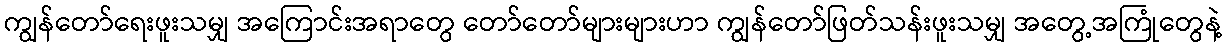
ကျွန်တော်ရေးဖူးသမျှ အကြောင်းအရာတွေ တော်တော်များများဟာ ကျွန်တော်ဖြတ်သန်းဖူးသမျှ အတွေ့အကြုံတွေနဲ့